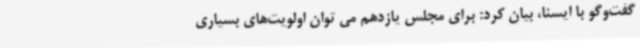
گفت‌وگو با ایسنا، بیان کرد: برای مجلس یازدهم می توان اولویت‌های بسیاری